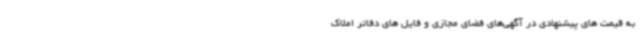
به قیمت های پیشنهادی در آگهی‌های فضای مجازی و فایل های دفاتر املاک